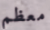
معظم